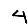
Digit: 4